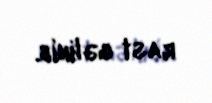
rast gəlinib.